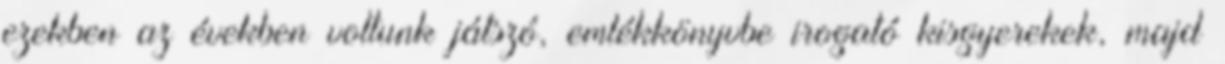
ezekben az években voltunk játszó, emlékkönyvbe irogató kisgyerekek, majd